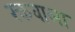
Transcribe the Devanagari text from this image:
रक्तवाला